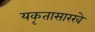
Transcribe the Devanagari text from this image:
यकृतासारखे